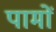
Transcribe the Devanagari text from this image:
पामों